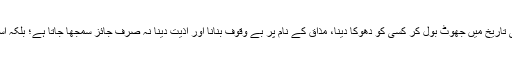
اس رسم کے تحت یکم اپریل کی تاریخ میں جھوٹ بول کر کسی کو دھوکا دینا، مذاق کے نام پر بے وقوف بنانا اور اذیت دینا نہ صرف جائز سمجھا جاتا ہے؛ بلکہ اسے ایک کمال قرار دیا جاتا ہے۔